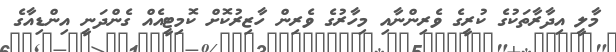
މާލީ އިދާރާތަކުގެ ކުރީގެ ވެރިންނާއި މިހާރުގެ ވެރިން ހާޒިރުކޮށް ކޮމިޓީއެއް ގެންދަނީ އިންޑިއާގެ